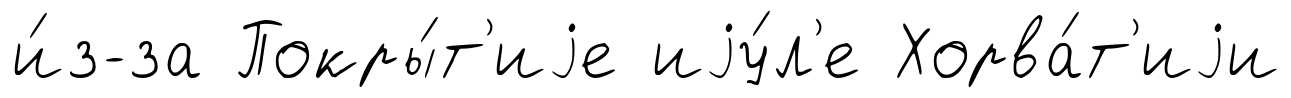
и́з-за Покры́т'иjе иjу́л'е Хорва́т'иjи